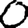
Digit: 0